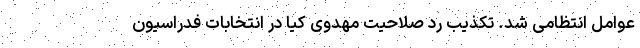
عوامل انتظامی شد. تکذیب رد صلاحیت مهدوی کیا در انتخابات فدراسیون